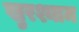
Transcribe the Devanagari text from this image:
खुरश्याम